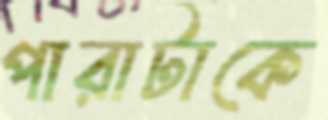
পারাটাকে